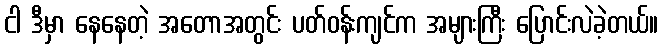
ငါ ဒီမှာ နေနေတဲ့ အတောအတွင်း ပတ်ဝန်းကျင်က အများကြီး ပြောင်းလဲခဲ့တယ်။